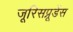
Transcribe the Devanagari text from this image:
जूरिसप्रूडेंस